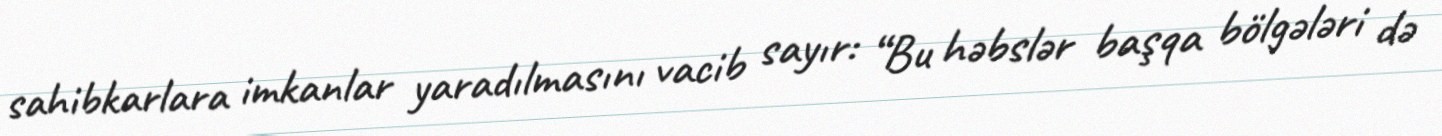
sahibkarlara imkanlar yaradılmasını vacib sayır: “Bu həbslər başqa bölgələri də